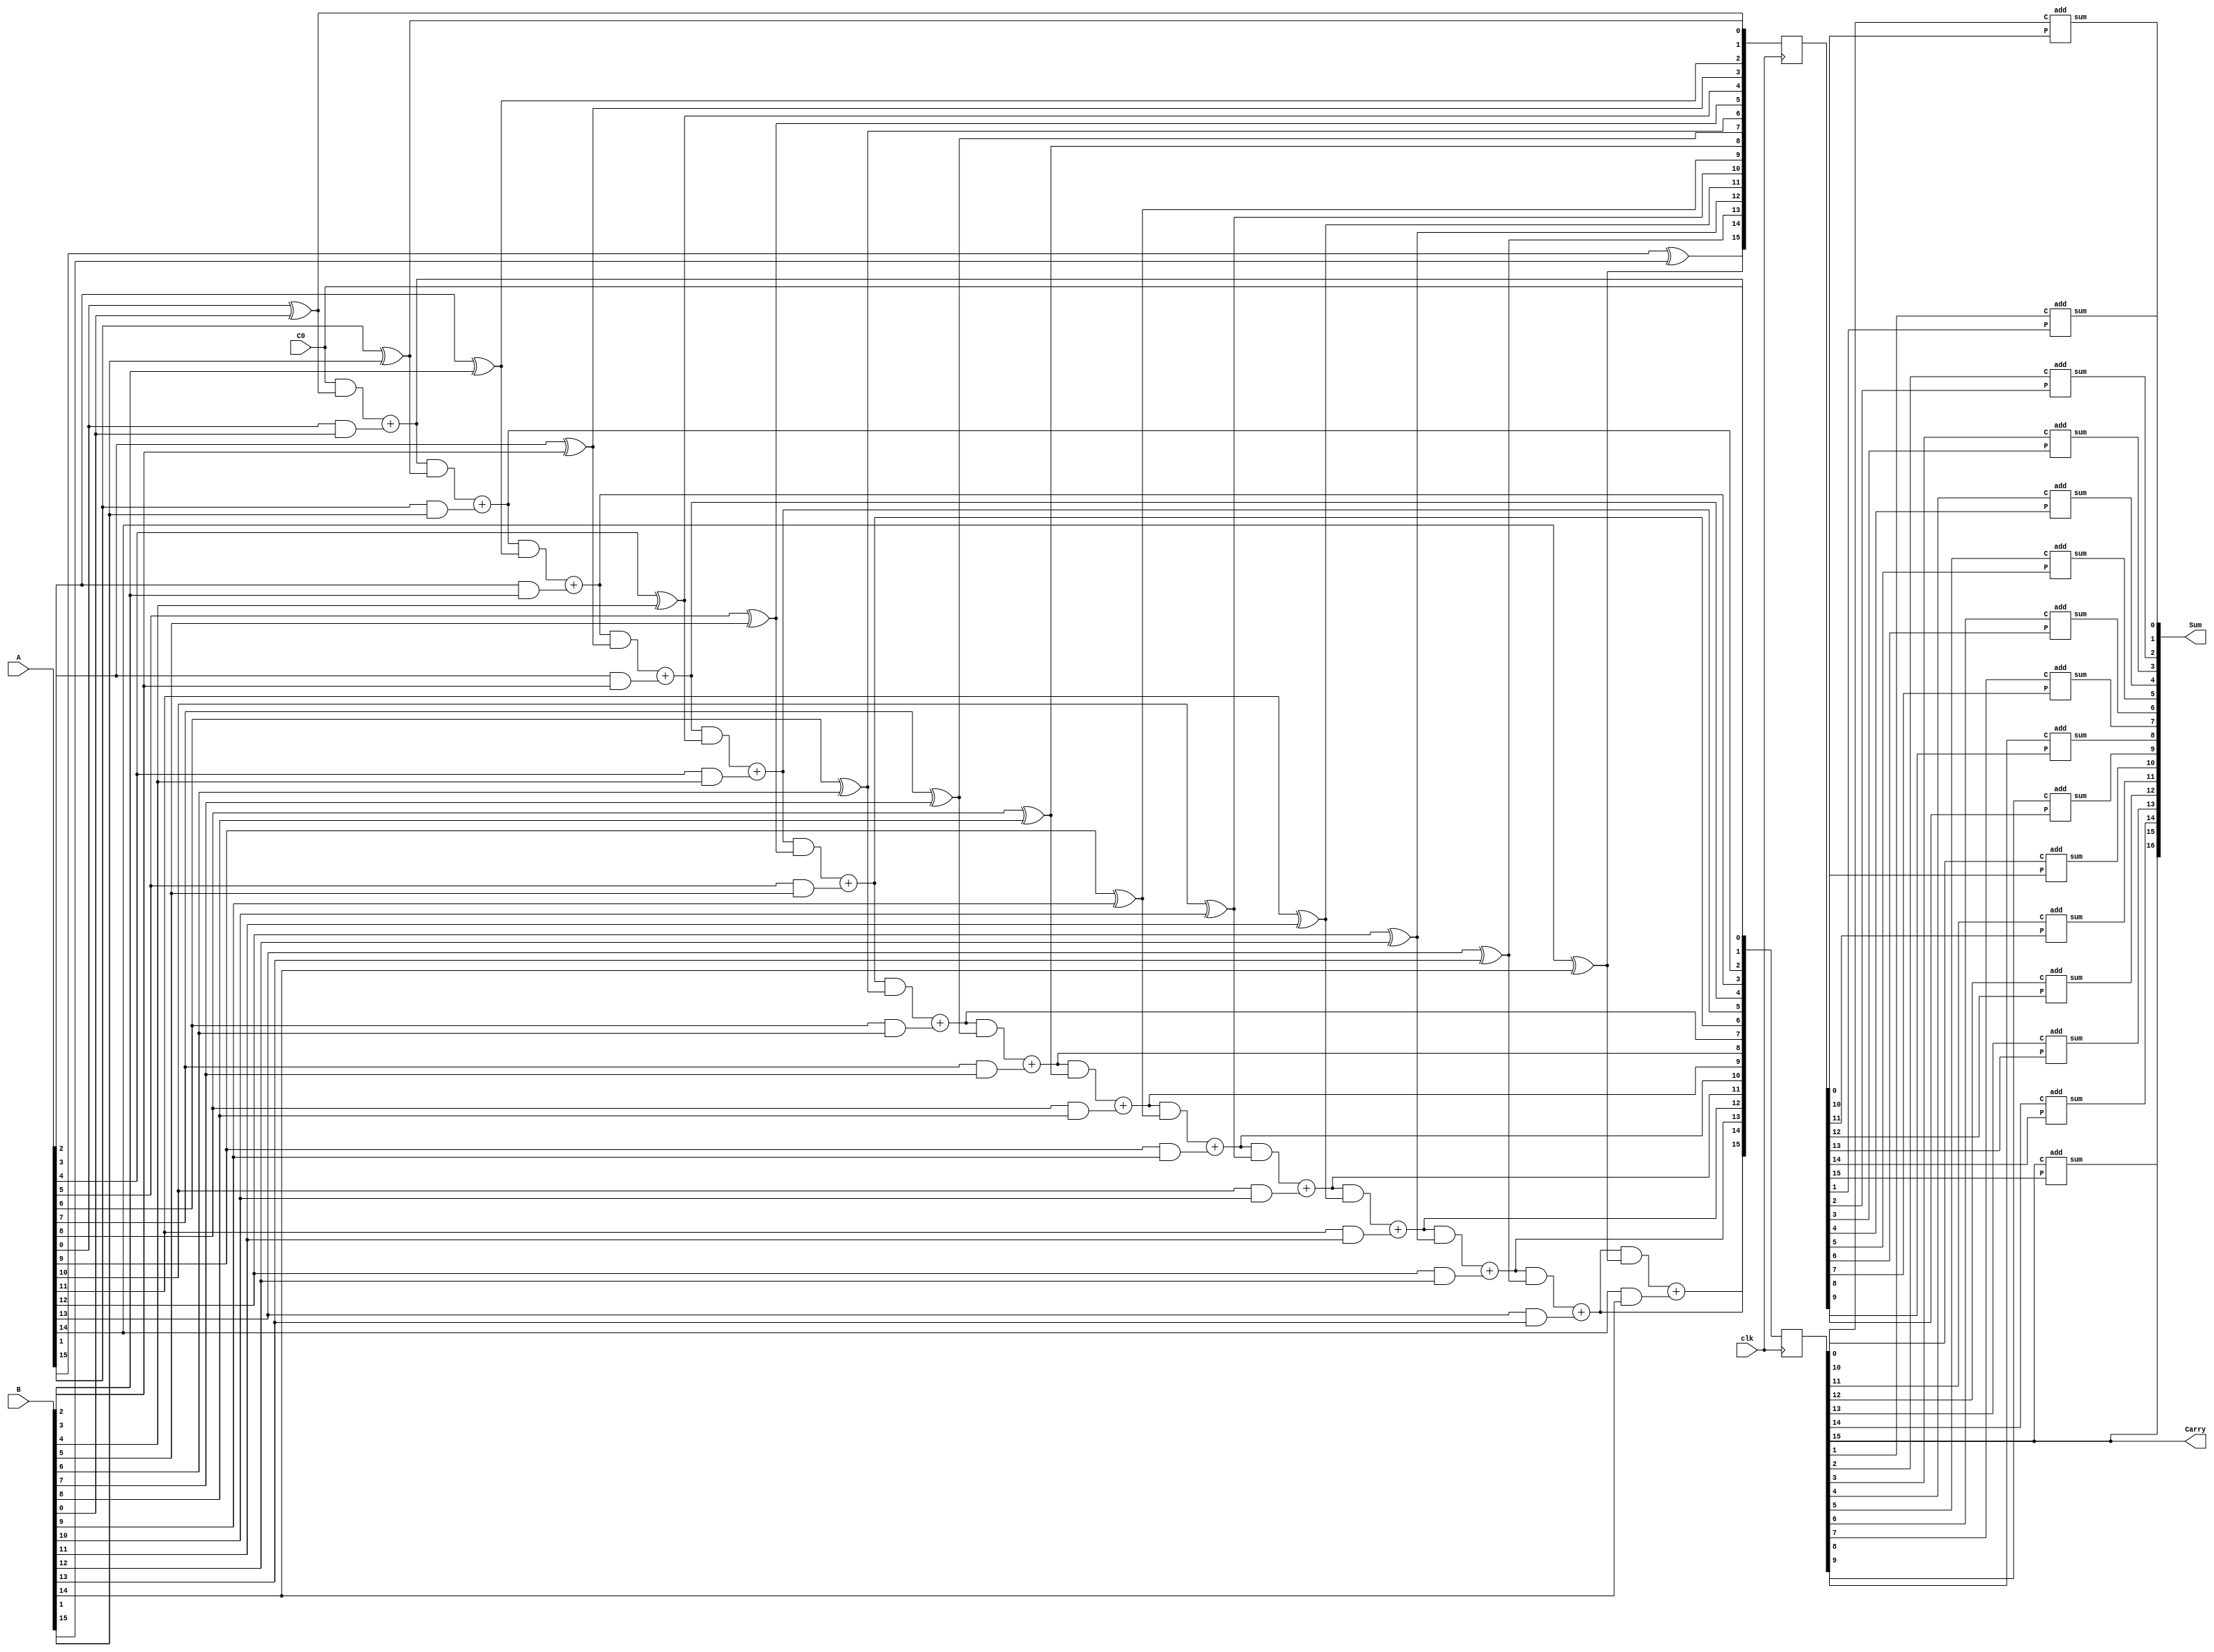
`timescale 1ns/1ps

module CLA#(parameter m=16)(input clk,input [m-1:0]A, input [m-1:0]B,input C0, output [m:0]Sum, output Carry);
  reg [m-1:0]p, g;
  reg [m-1:0]c;
  wire [m-1:0]s;
  integer i;

always @(posedge clk)begin
c[0]=C0;
for(i=0;i<m;i=i+1)begin
p[i]=A[i]^B[i];
g[i]=A[i]&B[i];
c[i+1]=(c[i]&p[i]) + g[i];
end
end

genvar j;
generate 
for(j=0;j<m;j=j+1)begin
add a1(p[j],c[j],s[j]);

end
endgenerate
assign Carry = c[m-1];
assign Sum ={c[m-1],s[m-1:0]};

endmodule


module add(input P,C,output sum);

assign sum=P^C;
endmodule